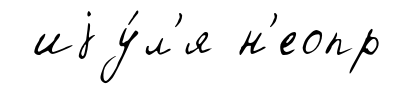
иjу́л'я н'еопр